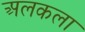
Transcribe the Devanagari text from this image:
अलकला